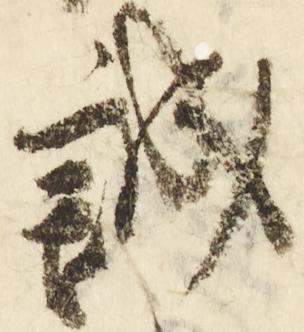
誠